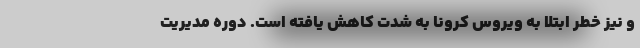
و نیز خطر ابتلا به ویروس کرونا به شدت کاهش یافته است. دوره مديريت